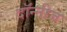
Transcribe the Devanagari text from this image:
दॉन्नीज